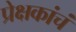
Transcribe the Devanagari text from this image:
प्रेक्षकांचं